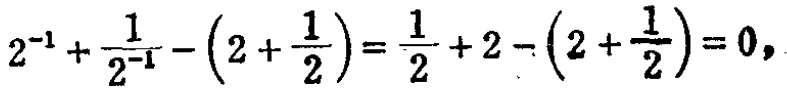
$2^{-1}+\frac{1}{2^{-1}}-\left(2+\frac{1}{2}\right)=\frac{1}{2}+2-\left(2+\frac{1}{2}\right)=0,$